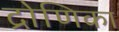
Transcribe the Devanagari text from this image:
द्रोणिका